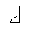
Letter: _kaf